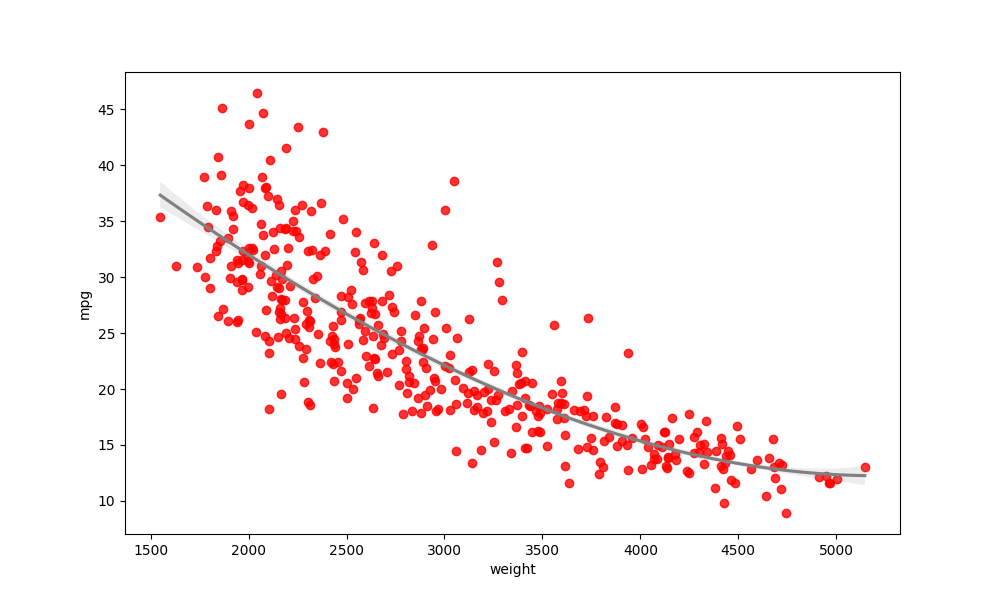
python, seaborn, regplot, order=3, ci=68, scatter_color=red, line_color=gray